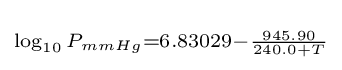
\scriptstyle \log _{10}P_{mmHg}=6.83029-{\frac {945.90}{240.0+T}}